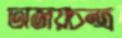
অজয়চন্দ্র